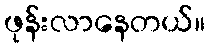
ဖုန်းလာနေတယ်။